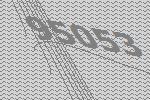
95053